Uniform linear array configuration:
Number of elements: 4
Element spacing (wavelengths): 1
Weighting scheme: uniform
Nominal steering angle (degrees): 45
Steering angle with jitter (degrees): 45.488
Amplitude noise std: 0.05
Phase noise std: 0.05

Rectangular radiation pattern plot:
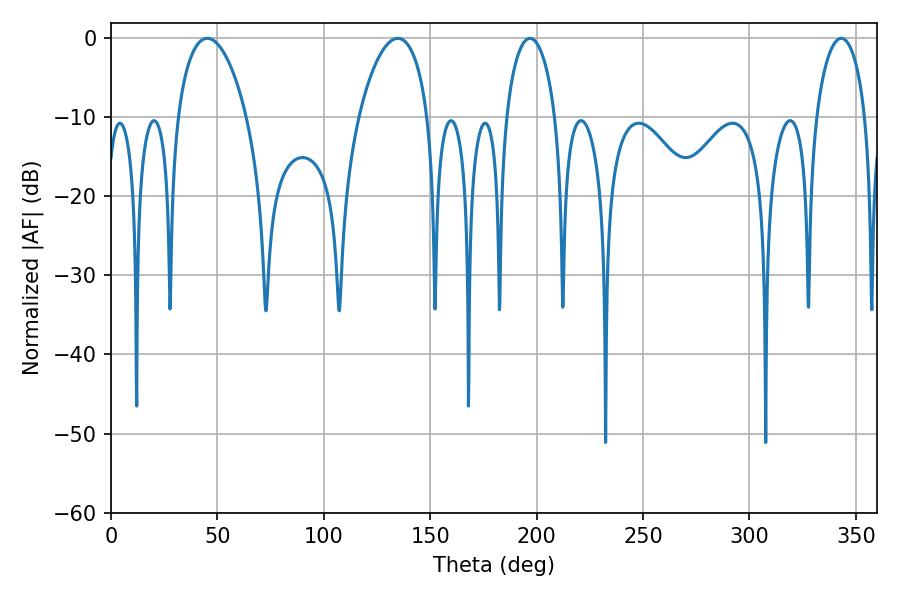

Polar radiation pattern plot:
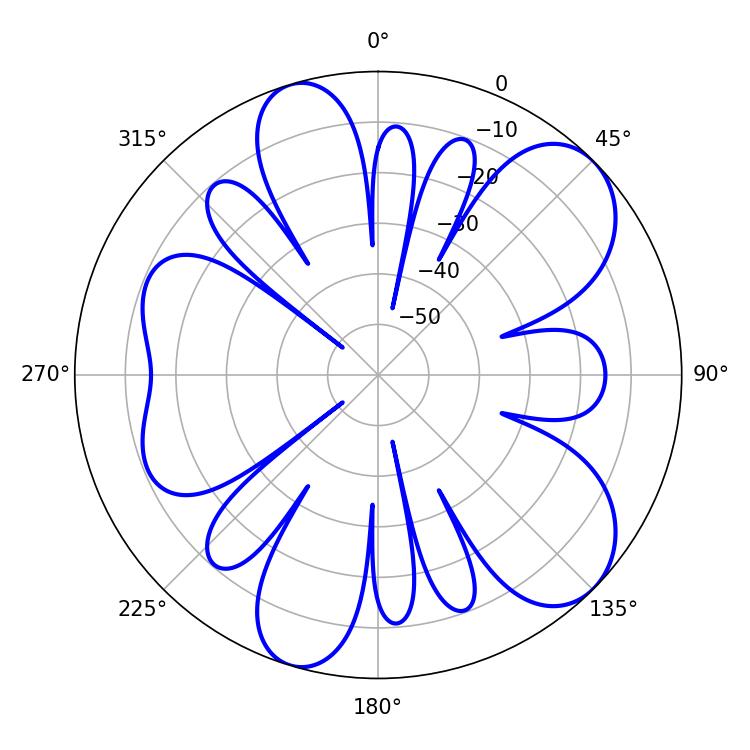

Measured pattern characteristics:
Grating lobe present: TRUE
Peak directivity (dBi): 8.532
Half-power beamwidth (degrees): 18.54
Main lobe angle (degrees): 45.18